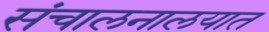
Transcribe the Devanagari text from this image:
संचालनालयात